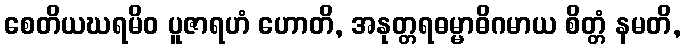
စေတိယဃရမိဝ ပူဇာရဟံ ဟောတိ, အနုတ္တရဓမ္မာဓိဂမာယ စိတ္တံ နမတိ,